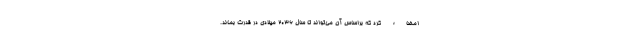
امضاء کرد که براساس آن می‌تواند تا سال ۲۰۳۶ میلادی در قدرت بماند.